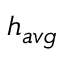
h _ { a v g }